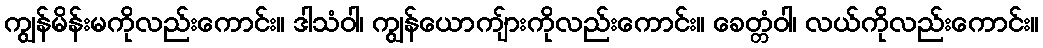
ကျွန်မိန်းမကိုလည်းကောင်း။ ဒါသံဝါ၊ ကျွန်ယောကျ်ားကိုလည်းကောင်း။ ခေတ္တံဝါ၊ လယ်ကိုလည်းကောင်း။